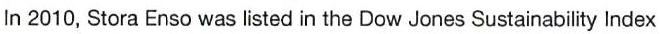
In 2010, Stora Enso was listed in the Dow Jones Sustainability Index